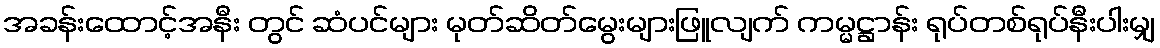
အခန်းထောင့်အနီး တွင် ဆံပင်များ မုတ်ဆိတ်မွေးများဖြူလျက် ကမ္မဋ္ဌာန်း ရုပ်တစ်ရုပ်နီးပါးမျှ